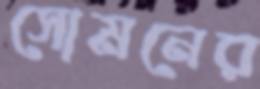
সোমনের